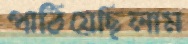
পাঠিয়েছিলাম